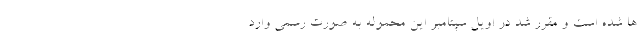
ها شده است و مقرر شد در اویل سپتامبر این محموله به صورت رسمی وارد